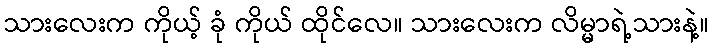
သားလေးက ကိုယ့် ခုံ ကိုယ် ထိုင်လေ။ သားလေးက လိမ္မာရဲ့သားနဲ့။